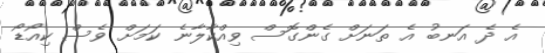
އެ ދެ އަނބު އެ ތަނަށް ގެންގޮސް ވިއްކާލާނެ ކަމަށް ވެސް ކިއޯޑޯ